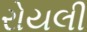
રોયલી